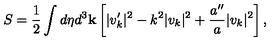
S = \frac { 1 } { 2 } \int d \eta d ^ { 3 } { \bf k } \left[ \vert v _ { k } ^ { \prime } \vert ^ { 2 } - k ^ { 2 } \vert v _ { k } \vert ^ { 2 } + \frac { a ^ { \prime \prime } } { a } \vert v _ { k } \vert ^ { 2 } \right] ,